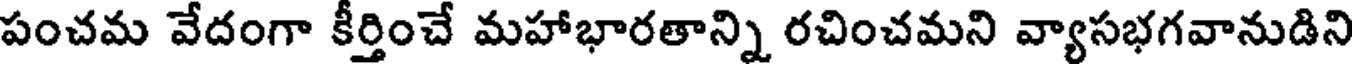
పంచమ వేదంగా కీర్తించే మహాభారతాన్ని రచించమని వ్యాసభగవానుడిని